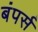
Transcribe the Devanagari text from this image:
बंपर्स